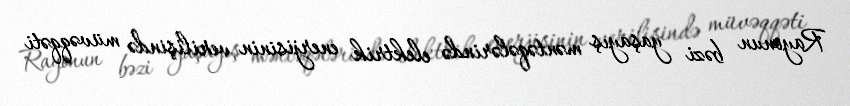
Rayonun bəzi yaşayış məntəqələrində elektrik enerjisinin verilişində müvəqqəti